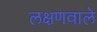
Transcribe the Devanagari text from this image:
लक्षणवाले